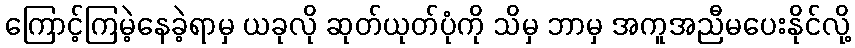
ကြောင့်ကြမဲ့နေခဲ့ရာမှ ယခုလို ဆုတ်ယုတ်ပုံကို သိမှ ဘာမှ အကူအညီမပေးနိုင်လို့